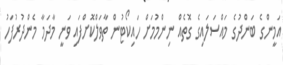
އަމީންގެ ބަންދުގެ މައްސަލައިގެ ގޮތެއް ނިންމުމަށް ހައިކޯޓުން ތާވަލްކޮށްފައި ވަނީ މާދަމާ މެންދުރުފަހު